Indian journal of veterinary science and animal husbandry - Volumes 24-25, 1954-1955
Year: 1954
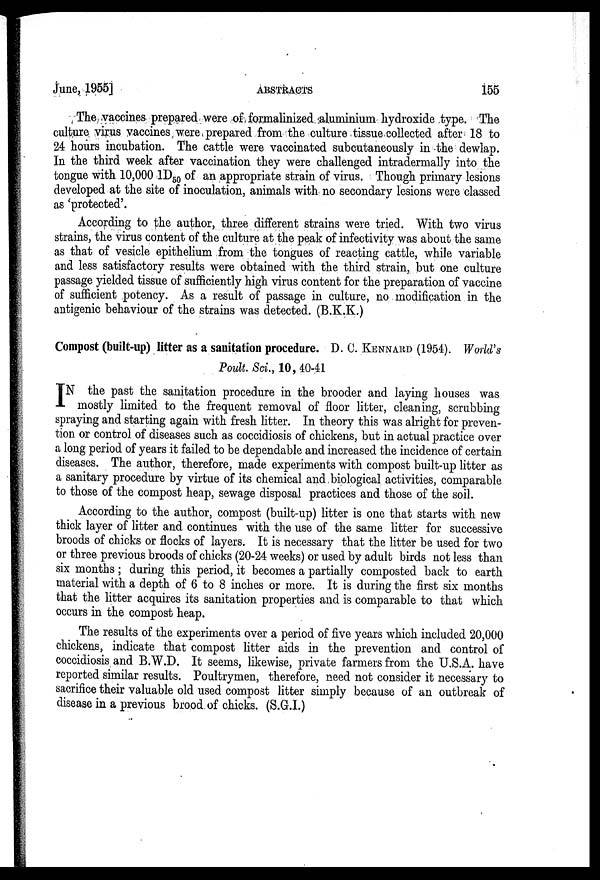
June, 1955]
ABSTRACTS
155
The vaccines prepared were of formalinized aluminium hydroxide type. The
culture virus vaccines were prepared from the culture tissue collected after 18 to
24 hours incubation. The cattle were vaccinated subcutaneously in the dewlap.
In the third week after vaccination they were challenged intradermally into the
tongue with 10,000 1D 50 of an appropriate strain of virus. Though primary lesions
developed at the site of inoculation, animals with no secondary lesions were classed
as 'protected'.
According to the author, three different strains were tried. With two virus
strains, the virus content of the culture at the peak of infectivity was about the same
as that of vesicle epithelium from the tongues of reacting cattle, while variable
and less satisfactory results were obtained with the third strain, but one culture
passage yielded tissue of sufficiently high virus content for the preparation of vaccine
of sufficient potency. As a result of passage in culture, no modification in the
antigenic behaviour of the strains was detected. (B.K.K.)
Compost (built-up) litter as a sanitation procedure. D. C. KENNARD (1954). World's
Poult. Sci., 10, 40-41
I N the past the sanitation procedure in the brooder and laying houses was
mostly limited to the frequent removal of floor litter, cleaning, scrubbing
spraying and starting again with fresh litter. In theory this was alright for preven-
tion or control of diseases such as coccidiosis of chickens, but in actual practice over
a long period of years it failed to be dependable and increased the incidence of certain
diseases. The author, therefore, made experiments with compost built-up litter as
a sanitary procedure by virtue of its chemical and biological activities, comparable
to those of the compost heap, sewage disposal practices and those of the soil.
According to the author, compost (built-up) litter is one that starts with new
thick layer of litter and continues with the use of the same litter for successive
broods of chicks or flocks of layers. It is necessary that the litter be used for two
or three previous broods of chicks (20-24 weeks) or used by adult birds not less than
six months; during this period, it becomes a partially composted back to earth
material with a depth of 6 to 8 inches or more. It is during the first six months
that the litter acquires its sanitation properties and is comparable to that which
occurs in the compost heap.
The results of the experiments over a period of five years which included 20,000
chickens, indicate that compost litter aids in the prevention and control of
coccidiosis and B.W.D. It seems, likewise, private farmers from the U.S.A. have
reported similar results. Poultrymen, therefore, need not consider it necessary to
sacrifice their valuable old used compost litter simply because of an outbreak of
disease in a previous brood of chicks. (S.G.I.)